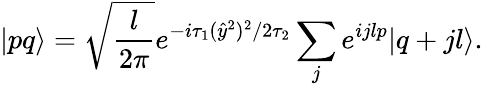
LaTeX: |pq\rangle=\sqrt{\frac{l}{2\pi}}e^{-i\tau_{1}(\hat{y}^{2})^{2}/{2\tau_{2}}}\sum_{j}e^{ijlp}|q+jl\rangle.